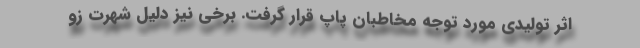
اثر تولیدی مورد توجه مخاطبان پاپ قرار گرفت. برخی نیز دلیل شهرت زو